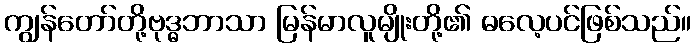
ကျွန်တော်တို့ဗုဒ္ဓဘာသာ မြန်မာလူမျိုးတို့၏ ဓလေ့ပင်ဖြစ်သည်။